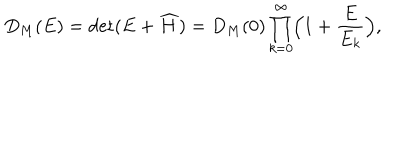
D _ { M } ( E ) = \mathrm { d e t } ( E + \widehat { H } ) = D _ { M } ( 0 ) \prod _ { k = 0 } ^ { \infty } \Bigl ( 1 + \frac { E } { E _ { k } } \Bigr ) ,